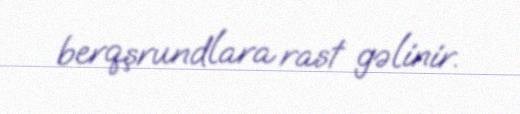
berqşrundlara rast gəlinir.